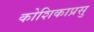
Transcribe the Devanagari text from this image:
कोशिकाप्रसु